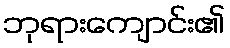
ဘုရားကျောင်း၏